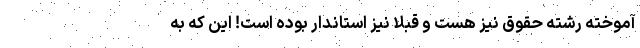
آموخته رشته حقوق نیز هست و قبلاً نیز استاندار بوده است! این که به